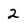
Character: 2